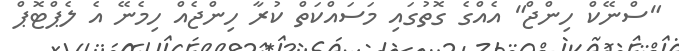
"ސްނޭކް ހިންޖް" އެއްގެ ގޮތުގައި މަސައްކަތް ކުރާ ހިންޖެއް ހިމެނޭ އެ ލެޕްޓޮޕް